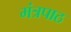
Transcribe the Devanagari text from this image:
मंत्रपाठ